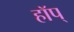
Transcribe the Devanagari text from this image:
हॉप्